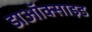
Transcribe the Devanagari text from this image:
डाऑक्साइड